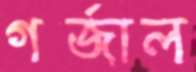
গর্জাল